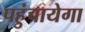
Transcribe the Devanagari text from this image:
पहुंचायेगा